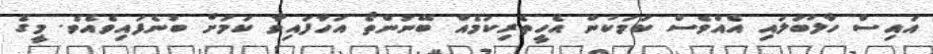
އައިސް ހާލުބަލަައި އެއްވެސް ކަމަކުން އެހީތެރިކަމެއް ބޭނުންތޯ އަހާފައިވާ ކަމަށް ބުނެފައިވެއެވެ. މީގެ